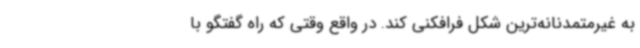
به غیرمتمدنانه‌ترین شکل فرافکنی کند. در واقع وقتی که راه گفتگو با